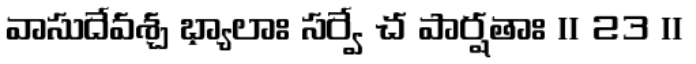
వాసుదేవశ్చ భ్యాలాః సర్వే చ పార్షతాః ॥ 23 ॥